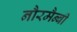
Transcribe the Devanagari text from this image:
नौरमैन्बी